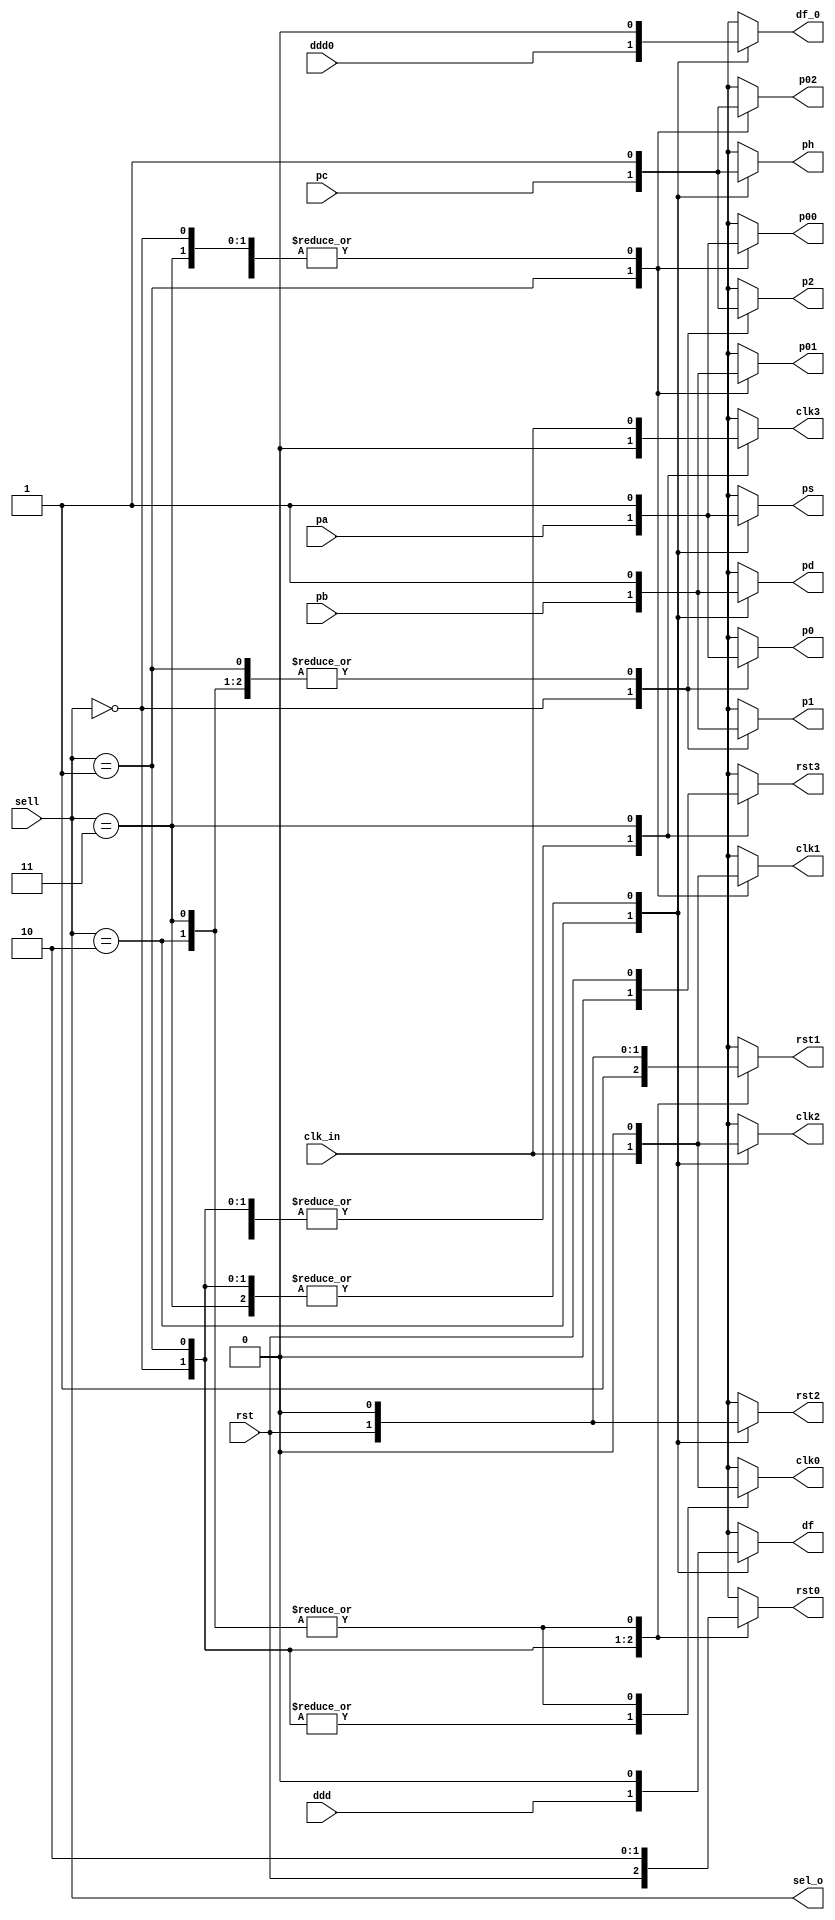
module all_case (
	clk_in,clk0,clk1,clk2,clk3,
	rst,rst0,rst1,rst2,rst3,
  sel_o,sell,
  pa,pb,pc,p0,p1,p2,p00,p01,p02,ps,pd,ph,
  ddd,ddd0,df_0,df,
);

 input clk_in,rst,pa,pb,pc,ddd,ddd0;
 input [1:0] sell;
 output clk0,clk1,clk2,clk3;
 output rst0,rst1,rst2,rst3;
 output p0,p1,p2,p00,p01,p02,ps,pd,ph;
 output df,df_0;
 output [1:0] sel_o;
 
 wire clk_in,rst,pa,pb,pc,ddd,ddd0;
reg clk0,clk1,clk2,clk3;
reg rst0,rst1,rst2,rst3;
reg p0,p1,p2,p00,p01,p02,ps,pd,ph;
 reg df,df_0;

 always@(sell)
 begin
			case (sell)
			0: 
				begin
					clk0=clk_in;
					rst0=rst;
					p0=pa;
					p1=pb;
					p2=pc;
					clk1=0;
					rst1=1;
					p00=1;
					p01=1;
					p02=1;
					clk2=0;
					rst2=0;
					ps=1;
					pd=1;
					ph=1;
					df=0;
					df_0=0;
					clk3=0;
					rst3=0;
				end
		  1:
				begin
					clk1=clk_in;
					rst1=rst;
					p00=pa;
					p01=pb;
					p02=pc;
					clk0=clk_in;
					rst0=1;
					p0=1;
					p1=1;
					p2=1;
					clk2=0;
					rst2=0;
					ps=1;
					pd=1;
					ph=1;
					df=0;
					df_0=0;
					clk3=0;
					rst3=0;
				end
		  2 : 
				begin
					clk2=clk_in;
					rst2=rst;
					ps=pa;
					pd=pb;
					ph=pc;
					df=ddd;
					df_0=ddd0;
					clk0=0;
					rst0=0;
					p00=1;
					p01=1;
					p02=1;
					clk1=0;
					rst1=0;
					p0=1;
					p1=1;
					p2=1;
					clk3=0;
					rst3=0;
				end
		  3 :
				begin
					clk3=clk_in;
					rst3=rst;
					clk0=0;
					rst0=0;
					p00=1;
					p01=1;
					p02=1;
					clk1=0;
					rst1=0;
					p0=1;
					p1=1;
					p2=1;
					clk2=0;
					rst2=0;
					ps=1;
					pd=1;
					ph=1;
					df=0;
					df_0=0;
				end
	  endcase
 end
 assign sel_o = sell;
endmodule